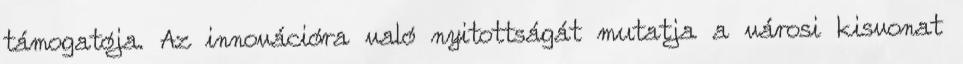
támogatója. Az innovációra való nyitottságát mutatja a városi kisvonat